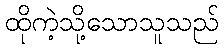
ထိုကဲ့သို့သောသူသည်